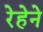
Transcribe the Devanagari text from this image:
रेहेने